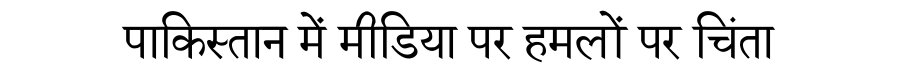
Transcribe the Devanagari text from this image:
पाकिस्तान में मीडिया पर हमलों पर चिंता